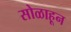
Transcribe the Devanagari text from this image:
सोळाहून